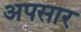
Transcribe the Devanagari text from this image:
अपसार